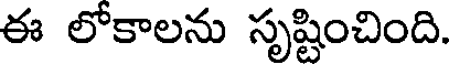
ఈ లోకాలను సృష్టించింది.